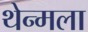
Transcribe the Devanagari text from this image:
थेन्मला